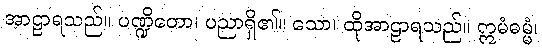
အာဠာရသည်။ ပဏ္ဍိတော၊ ပညာရှိ၏။ သော၊ ထိုအာဠာရသည်။ ဣမံဓမ္မံ၊